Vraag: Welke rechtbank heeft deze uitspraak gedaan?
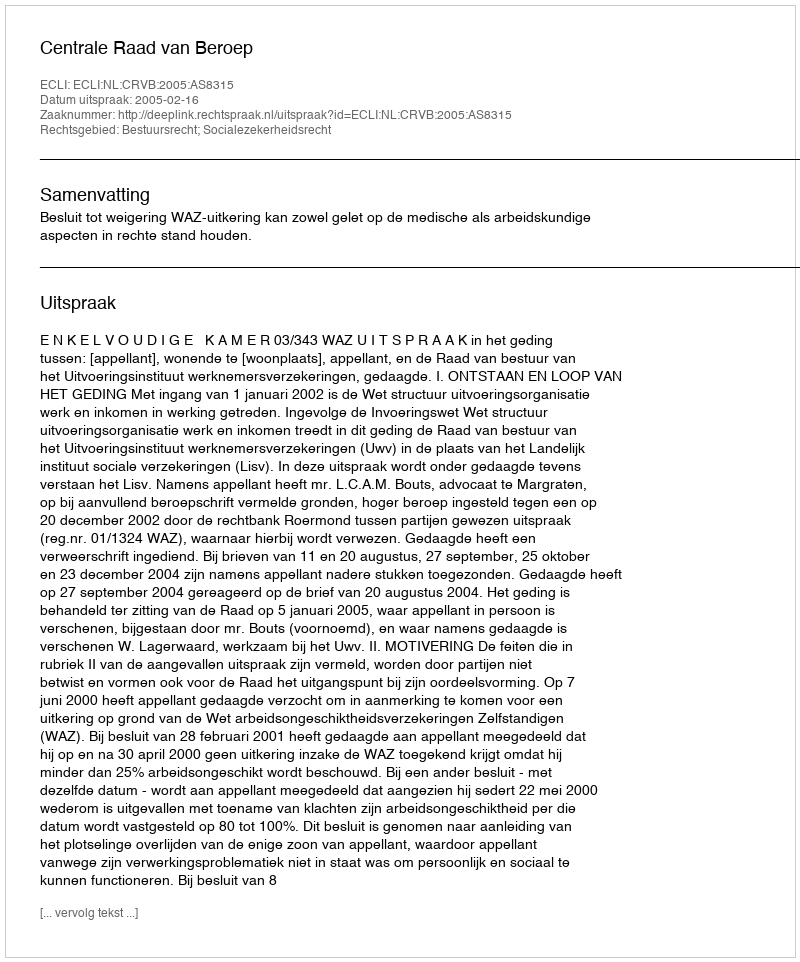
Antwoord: Centrale Raad van Beroep